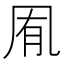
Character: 𭂱